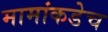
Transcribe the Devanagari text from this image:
मामांकडेच